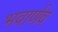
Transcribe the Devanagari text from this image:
भवार्णव